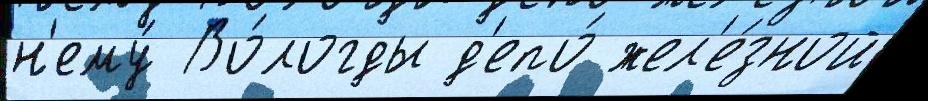
н'ему́ Во́логды д'епо́ жел'е́зной